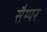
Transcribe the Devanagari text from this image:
सैम्पर